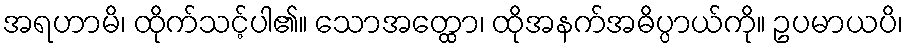
အရဟာမိ၊ ထိုက်သင့်ပါ၏။ သောအတ္ထော၊ ထိုအနက်အဓိပ္ပာယ်ကို။ ဥပမာယပိ၊